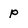
Character: p